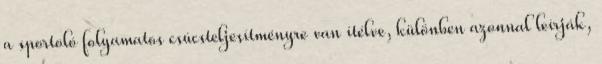
a sportoló folyamatos csúcsteljesítményre van ítélve, különben azonnal leírják,